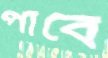
পাবে